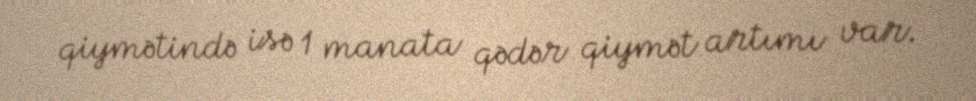
qiymətində isə 1 manata qədər qiymət artımı var.